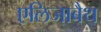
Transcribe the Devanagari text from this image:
एलिजाबैथ